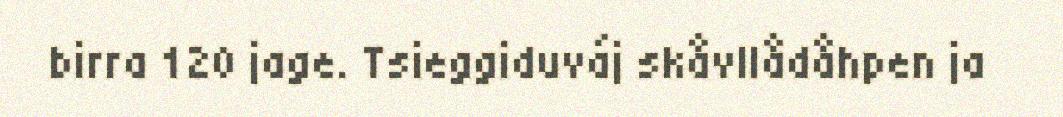
birra 120 jage. Tsieggiduváj skåvllådåhpen ja